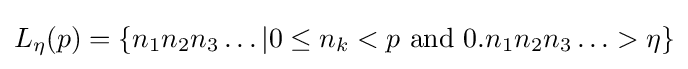
L_{\eta }(p)=\{n_{1}n_{2}n_{3}\ldots \vert 0\leq n_{k}<p{\text{ and }}0.n_{1}n_{2}n_{3}\ldots >\eta \}